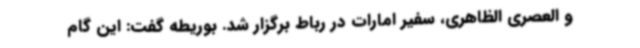
و العصری الظاهری، سفیر امارات در رباط برگزار شد. بوریطه گفت: این گام